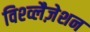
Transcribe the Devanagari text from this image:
विश्व्लैज़ेशन